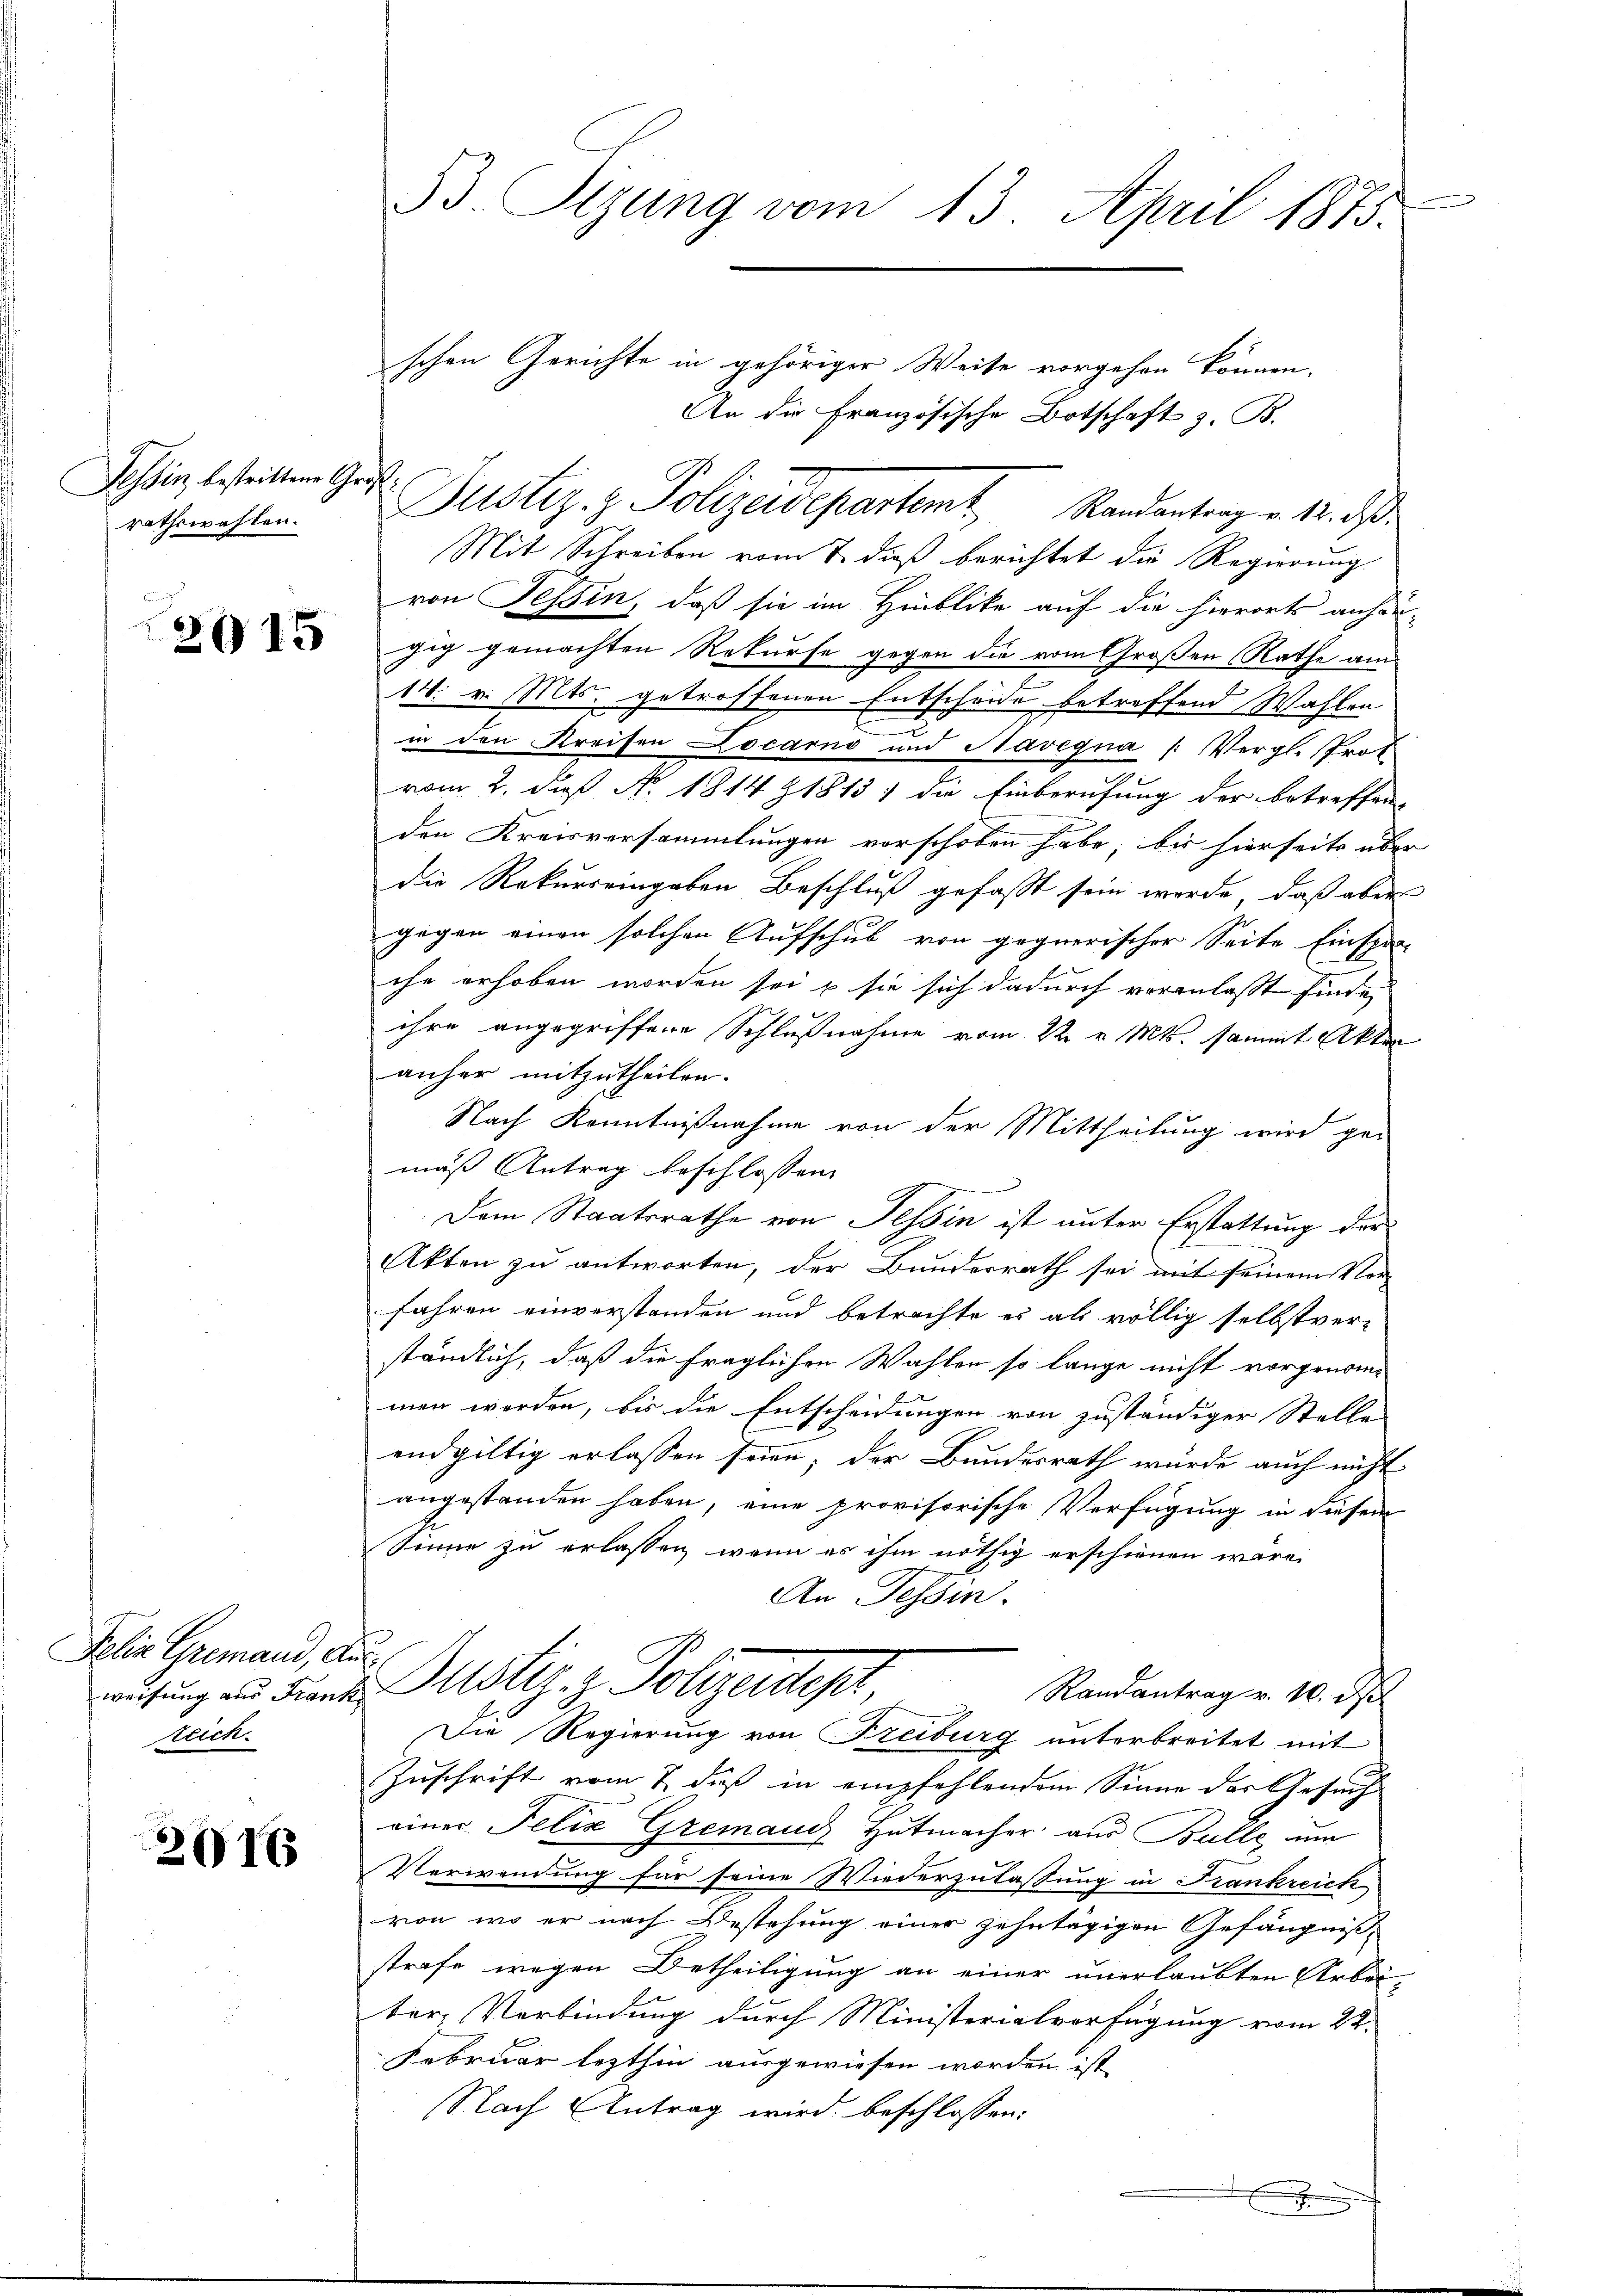
Tessin, bestrittene Großrathswahlen.

2015

Jolio Gremand, Aus
weisung aus Franz
zeich

2016

53 Sizung vom 13. April 1873.

schen Gerichte in gehöriger Weise vorgehen können,
An die französische Botschaft z. B.
Justiz- & Polizeidepartemt Randantrag v. 12. das
Mit Schreiben vom 7. dieß berichtet die Regierung.
von Teßin, daß sie im Hinblike auf die hierorts anhän-
gig gemachten Rekurse gegen die vom Großen Rathe am
14. v. Mts. getroffenen Entscheide betreffend Wahlen
in den Kreisen Locarno und Navegna (Vergl. Prot
e
vom 2. daß No. 1814 Z 1813) die Einberufung der betreffen-
den Kreisversammlungen verschoben habe, bis hierseits über
die Rekurs eingaben Beschluß gefasst sein werde, daß aber
gegen einen solchen Aufschub von gegnerischer Seite Einsper-
che erhoben worden sei, u sie sich dadurch voranlaßt finde,
ihre angegriffene Schlußnahme vom 22 v. Mts. sammt Akten
anher mitzutheilen.
Nach Kenntnißnahme von der Mittheilung wird ge-
maß Antrag beschlossen,
Dem Staatsrathe von Tessin ist unter Erstattung der
Akten zu antworten, der Bunderrath sei mit seinem Ver-
fahren einverstanden und betrachte es als völlig selbstver-
ständlich, daß die fraglichen Wahlen so lange nicht vorgenommen werden, bis die Entscheidungen von zuständiger Stelle
endgültig erlassen seien; der Bundesrath würde auch nicht
angestanden haben, eine provisorische Verfügung in diesem
Sinne zu erlassen, wenn es ihm nöthig erschienen wäre.
An Tessin.
ustiz- & Polizeige
Randantrag v. 10. d.
Die Regierung von Freiburg unterbreitet mit
Zuschrift vom 2. daß in empfehlendem Sinne des Gesuch
einer Felix Gremand Hutmacher aus Bulle um
Verwendung für seine Wiederzulassung in Frankreich
von, wo er nach Bestehung einer zehntägigen Gefängniss-
strafe wegen Betheiligung an einer unerlaubten Arbei-
ber Verbindung durch Ministerialverfügung vom 22.
Februar lezthin ausgewiesen worden ist,
Nach Antrag wird beschlossen:
x
J